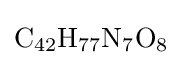
{\ce {C42H77N7O8}}